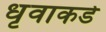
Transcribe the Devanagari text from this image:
धृवाकडे